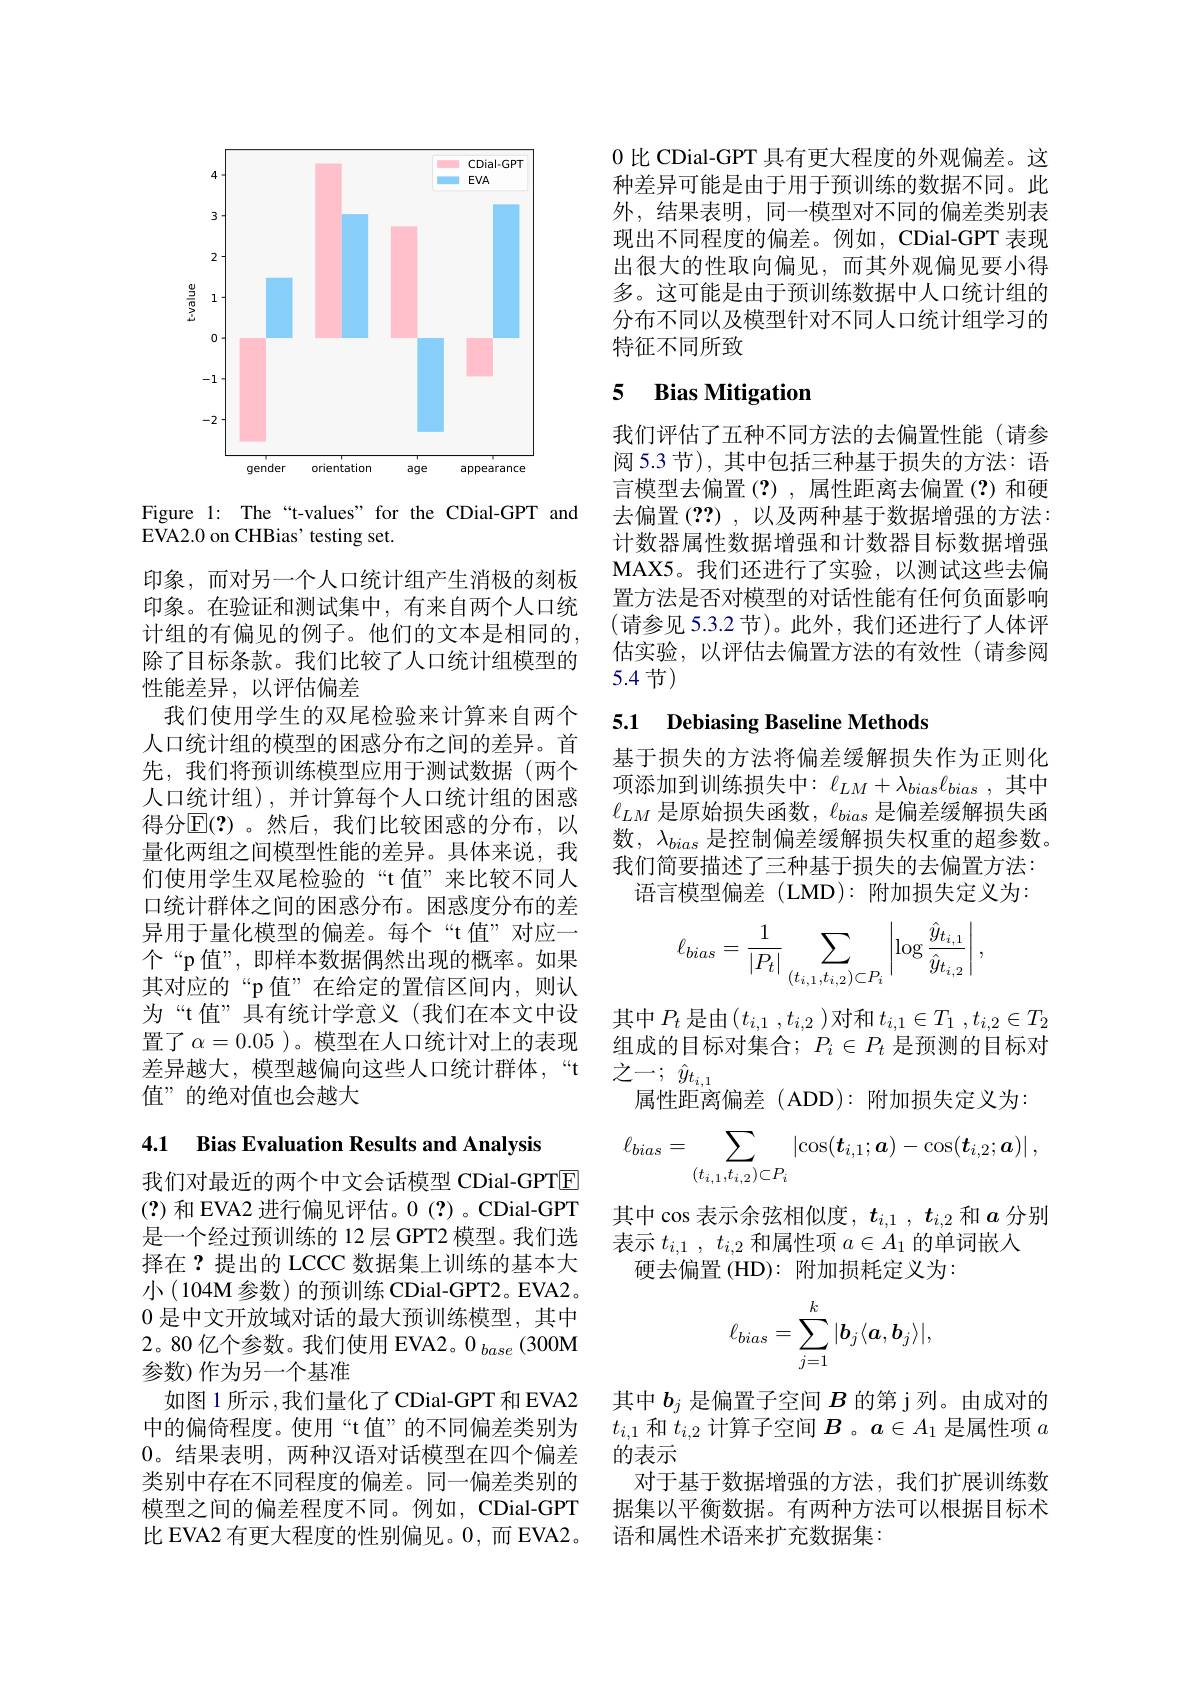
<FigureHere>

Figure 1: The“t-values”for the CDial-GPT and
EVA2.0 on CHBias' testing set.

印象，而对另一个人口统计组产生消极的刻板印象。在验证和测试集中，有来自两个人口统计组的有偏见的例子。他们的文本是相同的， 除了目标条款。我们比较了人口统计组模型的性能差异，以评估偏差
我们使用学生的双尾检验来计算来自两个人口统计组的模型的困惑分布之间的差异。首先，我们将预训练模型应用于测试数据(两个人口统计组),并计算每个人口统计组的困惑得分$\mathbb{E}(?)$。然后，我们比较困惑的分布，以量化两组之间模型性能的差异。具体来说，我们使用学生双尾检验的“t值”来比较不同人口统计群体之间的困惑分布。困惑度分布的差异用于量化模型的偏差。每个“t值”对应一个“p值”,即样本数据偶然出现的概率。如果其对应的“p值”在给定的置信区间内，则认为“t值”具有统计学意义(我们在本文中设置了$\alpha=0.05$)。模型在人口统计对上的表现差异越大，模型越偏向这些人口统计群体，“t 值”的绝对值也会越大

4.1 Bias Evaluation Results and Analysis

我们对最近的两个中文会话模型 CDial-GPTE (?)和 EVA2 进行偏见评估。0 (?)。CDial-GPT 是一个经过预训练的 12 层 GPT2 模型。我们选择在？提出的 LCCC 数据集上训练的基本大小 (104M 参数) 的预训练 CDial-GPT2。EVA2。0 是中文开放域对话的最大预训练模型，其中2。80亿个参数。我们使用 EVA2。$0_base$ (300M 参数)作为另一个基准
如图 1 所示 ,我们量化了 CDial-GPT 和 EVA2中的偏倚程度。使用“t 值”的不同偏差类别为0。结果表明，两种汉语对话模型在四个偏差类别中存在不同程度的偏差。同一偏差类别的模型之间的偏差程度不同。例如，CDial-GPT 比 EVA2 有更大程度的性别偏见。0,而 EVA2。

0比 CDial-GPT 具有更大程度的外观偏差。这种差异可能是由于用于预训练的数据不同。此外，结果表明，同一模型对不同的偏差类别表现出不同程度的偏差。例如，CDial-GPT 表现出很大的性取向偏见，而其外观偏见要小得多。这可能是由于预训练数据中人口统计组的分布不同以及模型针对不同人口统计组学习的特征不同所致

### 5 $\textbf{Bias Mitigation}$

我们评估了五种不同方法的去偏置性能(请参阅 5.3 节), 其中包括三种基于损失的方法：语言模型去偏置(?),属性距离去偏置(?)和硬去偏置(??),以及两种基于数据增强的方法： 计数器属性数据增强和计数器目标数据增强MAX5。我们还进行了实验，以测试这些去偏置方法是否对模型的对话性能有任何负面影响(请参见 5.3.2 节)。此外，我们还进行了人体评估实验，以评估去偏置方法的有效性(请参阅5.4节)

## 5.1 Debiasing Baseline Methods

基于损失的方法将偏差缓解损失作为正则化项添加到训练损失中：$\ell_{LM}+\lambda_{bias}\ell_{bias}$,其中$\ell_{LM}$是原始损失函数，$\ell_bias$是偏差缓解损失函数，$\lambda_{bias}$是控制偏差缓解损失权重的超参数。我们简要描述了三种基于损失的去偏置方法：
语言模型偏差(LMD):附加损失定义为：
$$\ell_{bias}=\frac{1}{|P_t|}\sum_{(t_{i,1},t_{i,2})\subset P_i}\left|\log\frac{\hat{y}_{t_{i,1}}}{\hat{y}_{t_{i,2}}}\right|,$$
其中$P_t$ 是由$( t_i, 1$ $, t_{i, 2}$ )对和$t_i, 1\in T_1$ $, t_{i, 2}\in T_2$ 组成的目标对集合；$P_i\in P_t$是预测的目标对之一；$\hat{y} _{t_{i, 1}}$
属性距离偏差(ADD):附加损失定义为：
$$\ell_{bias}=\sum_{(t_{i,1},t_{i,2})\subset P_{i}}\left|\cos(\boldsymbol{t}_{i,1};\boldsymbol{a})-\cos(\boldsymbol{t}_{i,2};\boldsymbol{a})\right|,$$
其中 cos 表示余弦相似度$,t_{i,1},t_{i,2}$和$a$分别
表示$t_{i, 1}$ , $t_{i, 2}$和属性项$a\in A_1$的单词嵌入
硬去偏置 (HD): 附加损耗定义为：
$$\ell_{bias}=\sum_{j=1}^k|b_j\langle\boldsymbol{a},\boldsymbol{b}_j\rangle|,$$
其中$b_j$是偏置子空间$B$的第 j 列。由成对的$t_{i,1}$和$t_i,2$计算子空间$B$ 。$a\in A_1$是属性项$a$ 的表示
对于基于数据增强的方法，我们扩展训练数据集以平衡数据。有两种方法可以根据目标术语和属性术语来扩充数据集：